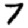
Digit: 7